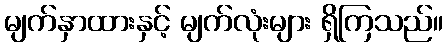
မျက်နှာထားနှင့် မျက်လုံးများ ရှိကြသည်။